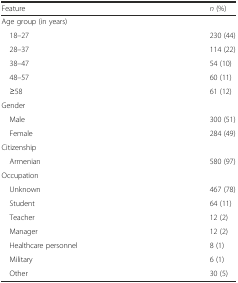
| Feature | n (%) |
 | --- | --- |
 | <COLSPAN=2> Age group (in years) |
 | 18–27 | 230 (44) |
 | 28–37 | 114 (22) |
 | 38–47 | 54 (10) |
 | 48–57 | 60 (11) |
 | ≥58 | 61 (12) |
 | <COLSPAN=2> Gender |
 | Male | 300 (51) |
 | Female | 284 (49) |
 | <COLSPAN=2> Citizenship |
 | Armenian | 580 (97) |
 | <COLSPAN=2> Occupation |
 | Unknown | 467 (78) |
 | Student | 64 (11) |
 | Teacher | 12 (2) |
 | Manager | 12 (2) |
 | Healthcare personnel | 8 (1) |
 | Military | 6 (1) |
 | Other | 30 (5) |